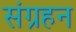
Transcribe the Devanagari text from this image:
संग्रहन